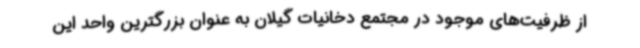
از ظرفیت‌های موجود در مجتمع دخانیات گیلان به عنوان بزرگترین واحد این